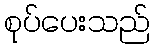
စုပ်ပေးသည်